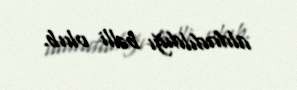
aldadıldığı bəlli olub.